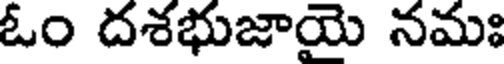
ఓం దశభుజాయె నమః